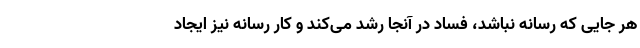
هر جایی که رسانه نباشد، فساد در آنجا رشد می‌کند و کار رسانه نیز ایجاد